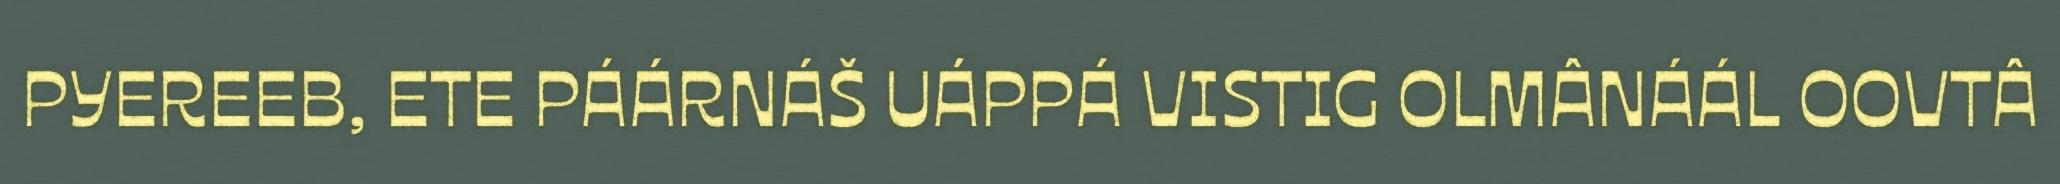
PYEREEB, ETE PÁÁRNÁŠ UÁPPÁ VISTIG OLMÂNÁÁL OOVTÂ